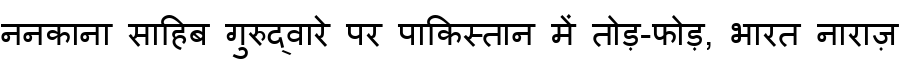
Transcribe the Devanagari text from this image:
ननकाना साहिब गुरुद्वारे पर पाकिस्तान में तोड़-फोड़, भारत नाराज़